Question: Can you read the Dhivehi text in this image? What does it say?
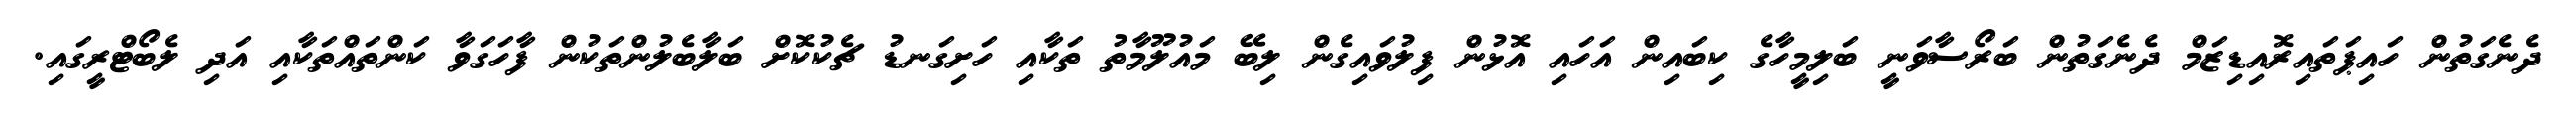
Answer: ދެނެގަތުން ހައިޕަތައިރޮއިޑިޒަމް ދެނެގަތުން ބަރޯސާވަނީ ބަލިމީހާގެ ކިބައިން އަހައި އޮޅުން ފިލުވައިގެން ލިބޭ މައުލޫމާތު ތަކާއި ހަށިގަނޑު ޗެކުކޮށް ބަލާބެލުންތަކުން ފާހަގަވާ ކަންތައްތަކާއި އަދި ލެބޯޓްރީގައި.